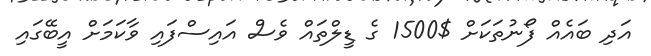
އަދި ބައެއް ފޯނުތަކަށް $1500 ގެ ޑީލްތައް ވެސް އައިސްފައި ވާކަމަށް އީބޭގައި